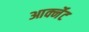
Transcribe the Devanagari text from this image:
आर्क्नेट